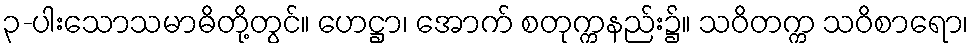
၃-ပါးသောသမာဓိတို့တွင်။ ဟေဋ္ဌာ၊ အောက် စတုက္ကနည်း၌။ သဝိတက္က သဝိစာရော၊